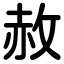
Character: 赦